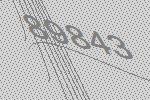
89843